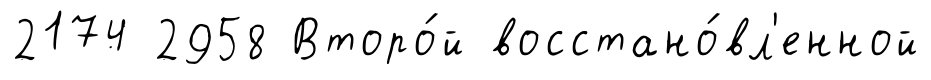
2174 2958 Второ́й восстано́вл'енной